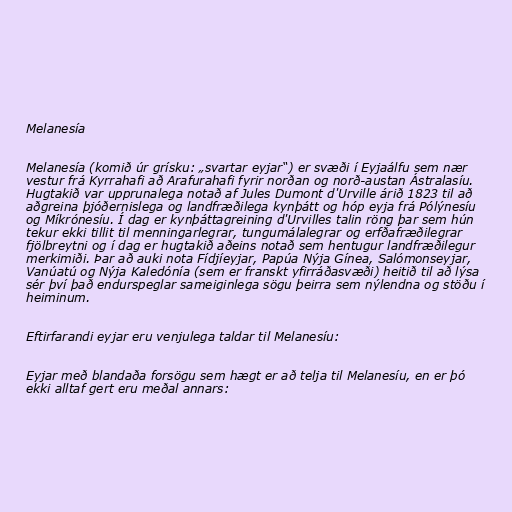
Melanesía

Melanesía (komið úr grísku: „svartar eyjar“) er svæði í Eyjaálfu sem nær
vestur frá Kyrrahafi að Arafurahafi fyrir norðan og norð-austan Ástralasíu.
Hugtakið var upprunalega notað af Jules Dumont d'Urville árið 1823 til að
aðgreina þjóðernislega og landfræðilega kynþátt og hóp eyja frá Pólýnesíu
og Míkrónesíu. Í dag er kynþáttagreining d'Urvilles talin röng þar sem hún
tekur ekki tillit til menningarlegrar, tungumálalegrar og erfðafræðilegrar
fjölbreytni og í dag er hugtakið aðeins notað sem hentugur landfræðilegur
merkimiði. Þar að auki nota Fídjíeyjar, Papúa Nýja Gínea, Salómonseyjar,
Vanúatú og Nýja Kaledónía (sem er franskt yfirráðasvæði) heitið til að lýsa
sér því það endurspeglar sameiginlega sögu þeirra sem nýlendna og stöðu í
heiminum.

Eftirfarandi eyjar eru venjulega taldar til Melanesíu:

Eyjar með blandaða forsögu sem hægt er að telja til Melanesíu, en er þó
ekki alltaf gert eru meðal annars: